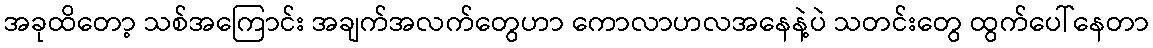
အခုထိတော့ သစ်အကြောင်း အချက်အလက်တွေဟာ ကောလာဟလအနေနဲ့ပဲ သတင်းတွေ ထွက်ပေါ်နေတာ